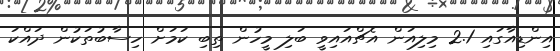
އިންޑިއާގައި 2.1 މިލިއަން އެޗްއައިވީ ބަލި މީހުން ތިބި ކަމަށް ހިސާބުތަކުން ދައްކަ